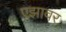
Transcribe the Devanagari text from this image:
एझावर